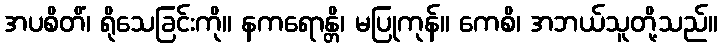
အပစိတိံ၊ ရိုသေခြင်းကို။ နကရောန္တိ၊ မပြုကုန်။ ကေစိ၊ အဘယ်သူတို့သည်။